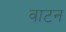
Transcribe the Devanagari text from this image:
वाटन